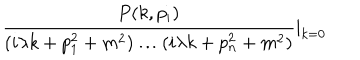
\frac { P ( k , p _ { i } ) } { ( i \lambda k + p _ { 1 } ^ { 2 } + m ^ { 2 } ) \ldots ( i \lambda k + p _ { n } ^ { 2 } + m ^ { 2 } ) } | _ { k = 0 }